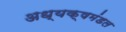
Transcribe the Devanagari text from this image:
अध्यक्षमंडल